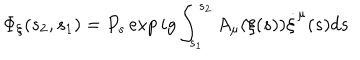
LaTeX: \Phi _ { \xi } ( s _ { 2 } , s _ { 1 } ) = P _ { s } \exp i g \int _ { s _ { 1 } } ^ { s _ { 2 } } A _ { \mu } ( \xi ( s ) ) \dot { \xi } ^ { \mu } ( s ) d s